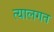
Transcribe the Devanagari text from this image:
त्यालगत